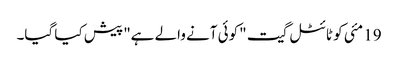
19 مئی کو ٹائٹل گیت "کوئی آنے والے ہے" پیش کیا گیا۔